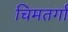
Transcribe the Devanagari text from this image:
चिमतर्गा